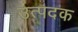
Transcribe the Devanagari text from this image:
उत्पदक